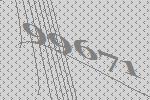
99671